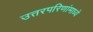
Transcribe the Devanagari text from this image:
उत्तरपरिणांमाध्ये